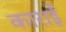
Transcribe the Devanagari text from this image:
काराई